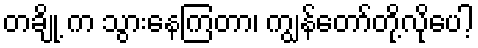
တချို့ က သွားနေကြတာ၊ ကျွန်တော်တို့လိုပေါ့